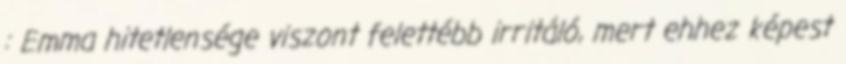
: Emma hitetlensége viszont felettébb irritáló, mert ehhez képest